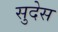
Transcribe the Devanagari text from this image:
सुदेस